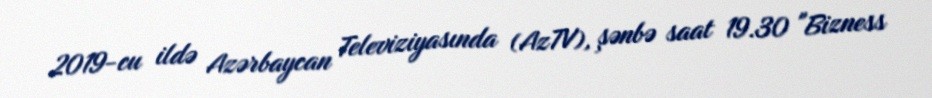
2019-cu ildə Azərbaycan Televiziyasında (AzTV), şənbə saat 19.30 "Bizness